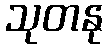
သုတနု